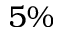
5 \%